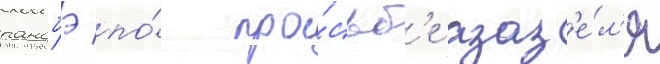
ранобэ по́ про́сьб'е азаз'е́л'я